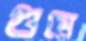
গুমে